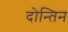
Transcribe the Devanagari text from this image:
दोन्तिन